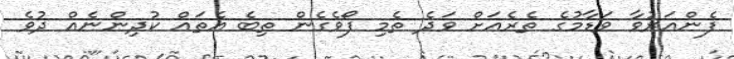
ފެންއަރުވާ ވަޑާމުގެ ތެރެއަށް ވަދެ ތެމި ފޯވެގެން ތިބެ އެތައް ކުދިންނެއް ދުވެ